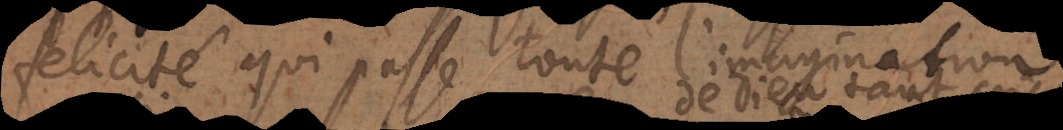
felicité qui passe toute imagination